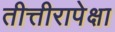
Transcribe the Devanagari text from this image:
तीत्तीरापेक्षा